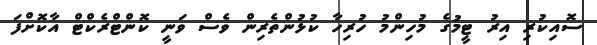
ސޮއިކުރި އިރު ޓީމުގެ މުހިންމު ހުރިހާ ކުޅުންތެރިން ވެސް ވަނީ ކޮންޓްރެކްޓް އާކޮށްފަ